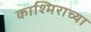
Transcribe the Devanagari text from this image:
काश्मिराच्या